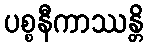
ပစ္စနီကာဿန္တိ